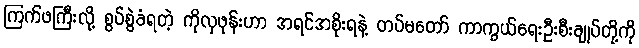
ကြက်ဖကြီးလို့ စွပ်စွဲခံရတဲ့ ကိုလှဖုန်းဟာ အရင်အစိုးရနဲ့ တပ်မတော် ကာကွယ်ရေးဦးစီးချုပ်တို့ကို